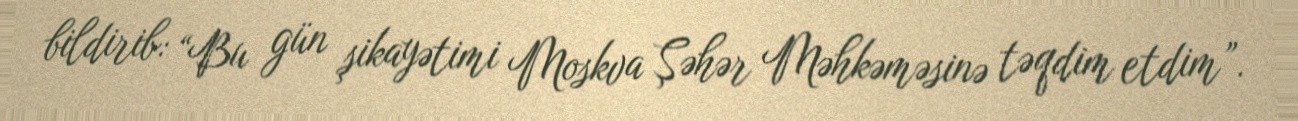
bildirib: “Bu gün şikayətimi Moskva Şəhər Məhkəməsinə təqdim etdim”.